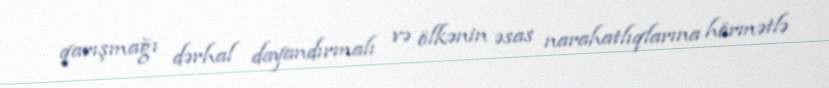
qarışmağı dərhal dayandırmalı və ölkənin əsas narahatlıqlarına hörmətlə